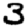
Digit: 3